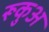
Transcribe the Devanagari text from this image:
रूकुअ